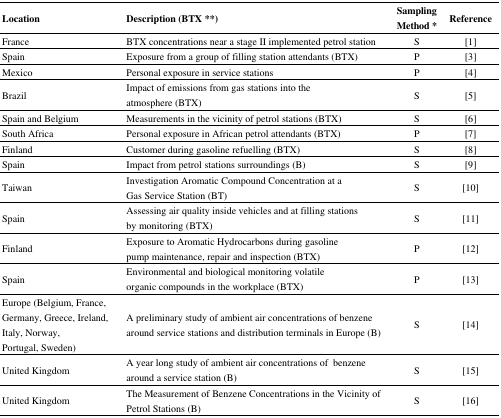
| Location | Description (BTX **) | Sampling Method * | Reference |
 | --- | --- | --- | --- |
 | France | BTX concentrations near a stage II implemented petrol station | S | [1] |
 | Spain | Exposure from a group of filling station attendants (BTX) | P | [3] |
 | Mexico | Personal exposure in service stations | P | [4] |
 | Brazil | Impact of emissions from gas stations into the atmosphere (BTX) | S | [5] |
 | Spain and Belgium | Measurements in the vicinity of petrol stations (BTX) | S | [6] |
 | South Africa | Personal exposure in African petrol attendants (BTX) | P | [7] |
 | Finland | Customer during gasoline refuelling (BTX) | S | [8] |
 | Spain | Impact from petrol stations surroundings (B) | S | [9] |
 | Taiwan | Investigation Aromatic Compound Concentration at a Gas Service Station (BT) | S | [10] |
 | Spain | Assessing air quality inside vehicles and at filling stations by monitoring (BTX) | S | [11] |
 | Finland | Exposure to Aromatic Hydrocarbons during gasoline pump maintenance, repair and inspection (BTX) | P | [12] |
 | Spain | Environmental and biological monitoring volatile organic compounds in the workplace (BTX) | P | [13] |
 | Europe (Belgium, France, Germany, Greece, Ireland, Italy, Norway, Portugal, Sweden) | A preliminary study of ambient air concentrations of benzene around service stations and distribution terminals in Europe (B) | S | [14] |
 | United Kingdom | A year long study of ambient air concentrations of benzene around a service station (B) | S | [15] |
 | United Kingdom | The Measurement of Benzene Concentrations in the Vicinity of Petrol Stations (B) | S | [16] |